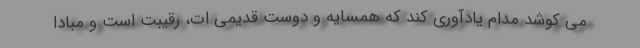
می کوشد مدام یادآوری کند که همسایه و دوست قدیمی ات، رقیبت است و مبادا